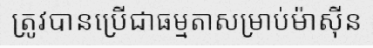
ត្រូវបានប្រើជាធម្មតាសម្រាប់ម៉ាស៊ីន